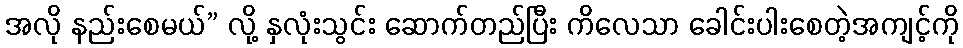
အလို နည်းစေမယ်” လို့ နှလုံးသွင်း ဆောက်တည်ပြီး ကိလေသာ ခေါင်းပါးစေတဲ့အကျင့်ကို